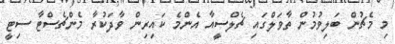
މި މެޗުން ބަލިވުމުން ތާވަލްގައި ޗެލްސީއާ އެންމެ ކައިރިން ވާދަކުރާ މެންޗެސްޓާ ސިޓީ